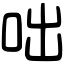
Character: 咄